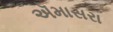
ઍમાસરા